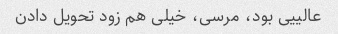
عالییی بود، مرسی، خیلی هم زود تحویل دادن